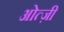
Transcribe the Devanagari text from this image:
ओत्ज़ी